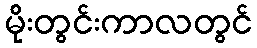
မိုးတွင်းကာလတွင်